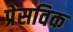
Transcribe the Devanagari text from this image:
प्रेसविक